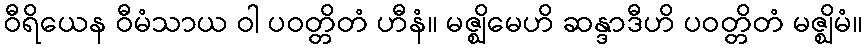
ဝီရိယေန ဝီမံသာယ ဝါ ပဝတ္တိတံ ဟီနံ။ မဇ္ဈိမေဟိ ဆန္ဒာဒီဟိ ပဝတ္တိတံ မဇ္ဈိမံ။